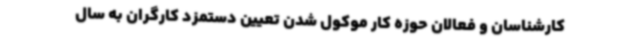
کارشناسان و فعالان حوزه کار موکول شدن تعیین دستمزد کارگران به سال